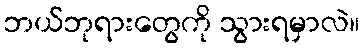
ဘယ်ဘုရားတွေကို သွားရမှာလဲ။